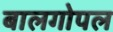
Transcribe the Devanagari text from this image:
बालगोपल